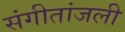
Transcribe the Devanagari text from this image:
संगीतांजली